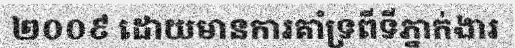
២០០៩ ដោយមានការគាំទ្រពីទីភ្នាក់ងារ